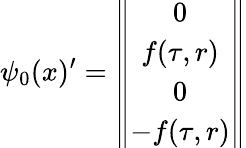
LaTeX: \psi_{0}(x)^{\prime}=\left\| \begin{array}{c}{{0}}\\ {{f(\tau,r)}}\\ {{0}}\\ {{-f(\tau,r)}}\end{array}\right\|